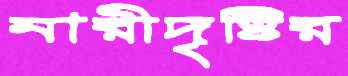
নারীদৃষ্টির